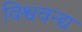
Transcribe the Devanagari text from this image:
विश्ववन्द्य